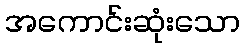
အကောင်းဆုံးသော